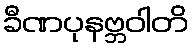
ခီဏပုနဗ္ဘဝါတိ